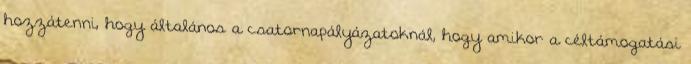
hozzátenni, hogy általános a csatornapályázatoknál, hogy amikor a céltámogatási